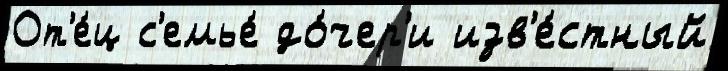
От'е́ц с'емье́ до́чер'и изв'е́стный